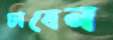
চাবেন